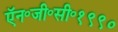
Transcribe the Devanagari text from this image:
ऍन॰जी॰सी॰१९९०